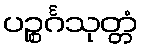
ပဉ္စင်္ဂသုတ္တံ